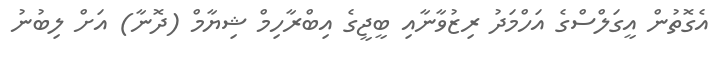
އެގޮތުން އީގަލްސްގެ އަހްމަދު ރިޒުވާނާއި ބީޖީގެ އިބްރާހިމް ޝިޔާމް (ދޮނާ) އަށް ލިބުނު